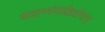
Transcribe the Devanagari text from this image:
पादाभ्यंगान्नेत्ररोगान्